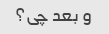
و بعد چی؟